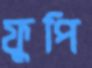
ফুপি